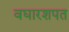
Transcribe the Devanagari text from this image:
वघारशपत